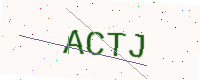
Text: ACTJ